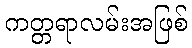
ကတ္တရာလမ်းအဖြစ်